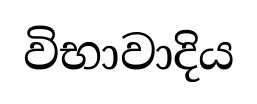
විභාවාදිය